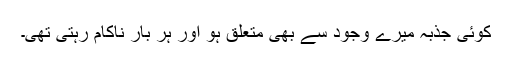
کوئی جذبہ میرے وجود سے بھی متعلق ہو اور ہر بار ناکام رہتی تھی۔